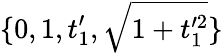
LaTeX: \{ 0,1,t_{1}^{\prime},\sqrt{1+t_{1}^{\prime 2}}\}